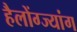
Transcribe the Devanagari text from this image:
हैलोंग्ज्यांग